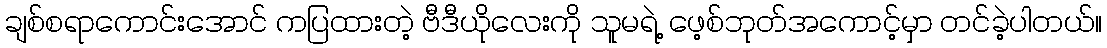
ချစ်စရာကောင်းအောင် ကပြထားတဲ့ ဗီဒီယိုလေးကို သူမရဲ့ ဖေ့စ်ဘုတ်အကောင့်မှာ တင်ခဲ့ပါတယ်။